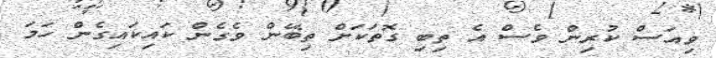
ވިއަސް ކުރިން ވެސް އެ ތިބި ގޮތަކަށް ތިބޭން ވެގެން ކައިކައިގެން ހަމަ